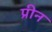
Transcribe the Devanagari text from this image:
प्रीन